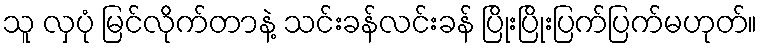
သူ လှပုံ မြင်လိုက်တာနဲ့ သင်းခန်လင်းခန် ပြိုးပြိုးပြက်ပြက်မဟုတ်။